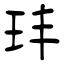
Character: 玤